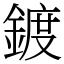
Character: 鍍